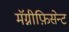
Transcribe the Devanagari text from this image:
मॅग्नीफ़िसेन्ट